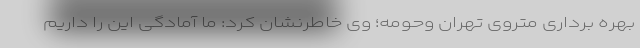
بهره برداری متروی تهران وحومه؛ وی خاطرنشان کرد: ما آمادگی این را داریم